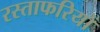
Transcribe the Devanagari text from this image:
रस्ताफरियों